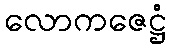
လောကဇေဋ္ဌံ